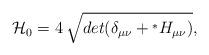
LaTeX: \begin{align*}{\cal{H}}_0=4{\hskip0.2cm}\sqrt[]{det(\delta_{\mu\nu}+{}^*H_{\mu\nu})},\end{align*}